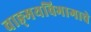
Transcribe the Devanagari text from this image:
वाङ्‌मयविभागाचे